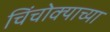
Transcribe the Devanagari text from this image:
चिंचोक्याच्या